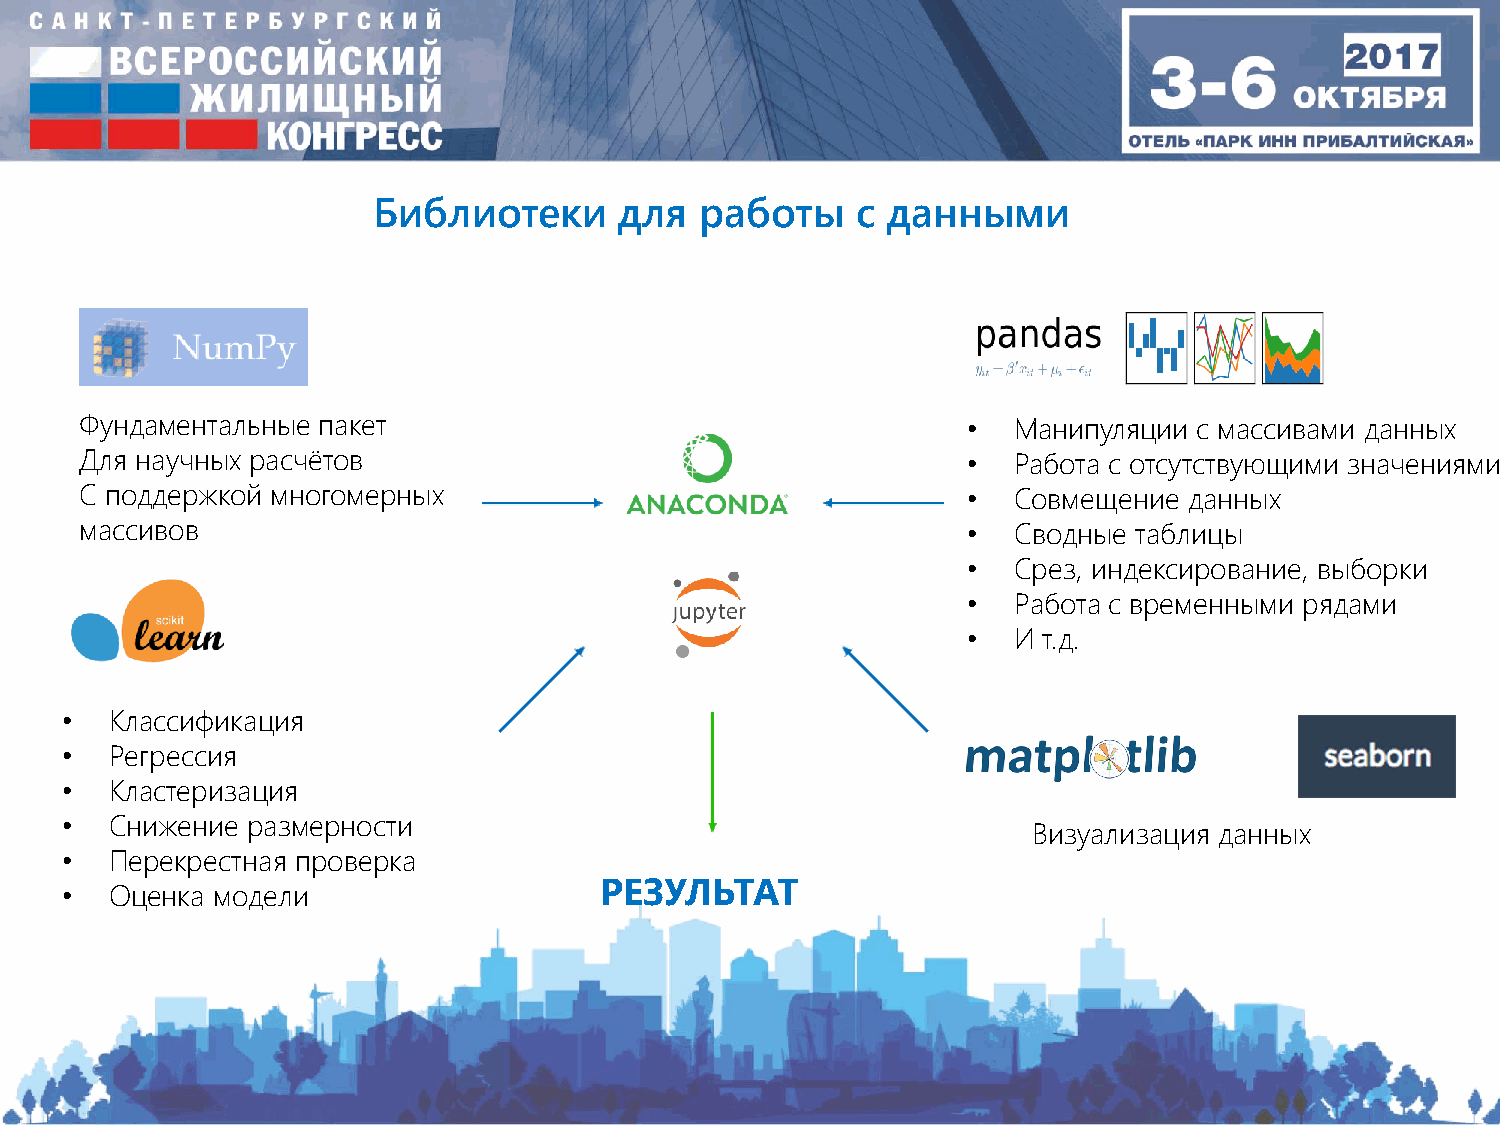
Библиотеки      для  работы     с данными
 Фундаментальные пакет                                      •  Манипуляции с массивами данных
 Для научных расчётов                                       •  Работа с отсутствующими значениями
 С поддержкой многомерных                                   •  Совмещение  данных
 массивов                                                   •  Сводные таблицы
 •  Срез, индексирование, выборки
 •  Работа с временными рядами
 •  И т.д.
 •  Классификация
 •  Регрессия
 •  Кластеризация
 •  Снижение размерности
 Визуализация данных
 •  Перекрестная проверка
 РЕЗУЛЬТАТ
 •  Оценка модели